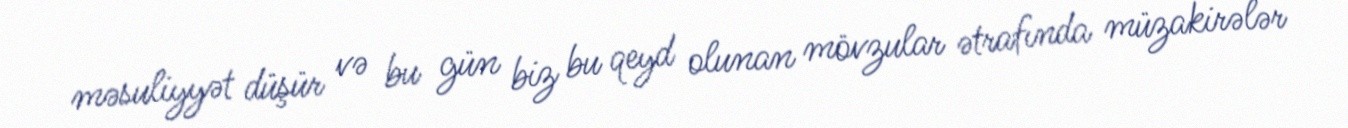
məsuliyyət düşür və bu gün biz bu qeyd olunan mövzular ətrafında müzakirələr